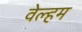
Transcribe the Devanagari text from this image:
वेल्हम